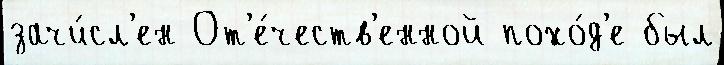
зачи́сл'ен От'е́честв'енной похо́д'е был